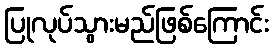
ပြုလုပ်သွားမည်ဖြစ်ကြောင်း